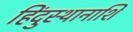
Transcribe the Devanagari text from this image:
हिंदुस्थानाशि